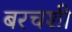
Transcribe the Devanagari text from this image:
बरचशी